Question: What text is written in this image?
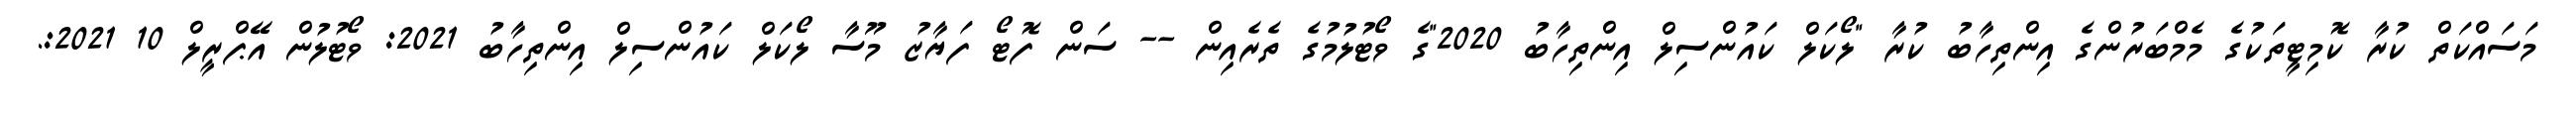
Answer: މަސައްކަތް ކުރާ ކޮމިޓީތަކުގެ މެމްބަރުންގެ އިންތިހާބު ކުރާ "ލޯކަލް ކައުންސިލް އިންތިހާބު 2020"ގެ ވޯޓުލުމުގެ ތެރެއިން -- ސަން ފޮޓޯ ފަޔާޒު މޫސާ ލޯކަލް ކައުންސިލް އިންތިހާބު 2021: ވޯޓުލުން އޭޕްރީލް 10 2021:.